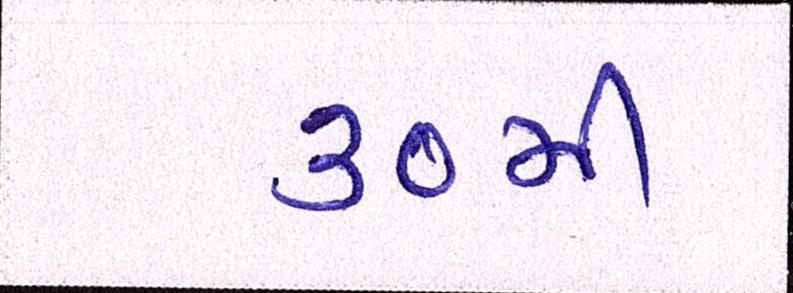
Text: ૩૦મી